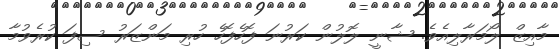
މާއިޒް ލޯމަރާލިއެވެ. ޝާނީ ލޮލުން ކަރުނަ ފޮހެފޮހެ ހުރި މަންޒަރު ސިފަ ކުރެވުމާ